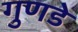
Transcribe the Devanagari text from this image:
गुणडे